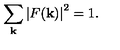
\sum _ { \bf k } \left| F ( { \bf k } ) \right| ^ { 2 } = 1 .